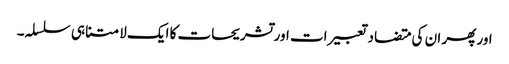
اور پھر ان کی متضاد تعبیرات اور تشریحات کا ایک لامتناہی سلسلہ۔